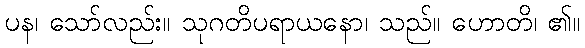
ပန၊ သော်လည်း။ သုဂတိပရာယနော၊ သည်။ ဟောတိ၊ ၏။